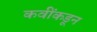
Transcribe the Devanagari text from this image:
कवींकडून